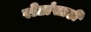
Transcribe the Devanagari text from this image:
रोटांसाठी